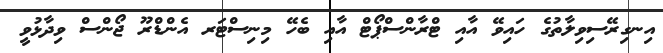
އިނގިރޭސިވިލާތުގެ ހައިވޭ އާއި ޓްރާންސްޕޯޓް އާއި ބެހޭ މިނިސްޓަރ އެންޑްރޫ ޖޯންސް ވިދާޅުވީ